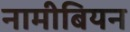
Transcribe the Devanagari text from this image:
नामीबियन